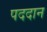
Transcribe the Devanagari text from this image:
पददान